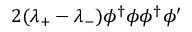
2 ( \lambda _ { + } - \lambda _ { - } ) \phi ^ { \dagger } \phi \phi ^ { \dagger } \phi ^ { \prime }